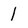
Character: 1